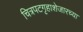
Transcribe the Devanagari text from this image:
चित्रपटगृहाशेजारच्या